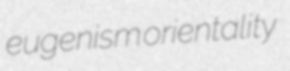
eugenism orientality